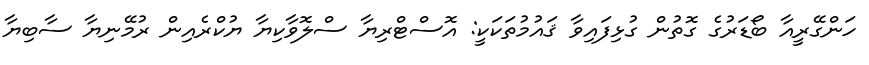
ހަންގޭރީއާ ބޯޑަރުގެ ގޮތުން ގުޅިފައިވާ ޤައުމުތަކަކީ: އޮސްޓްރިޔާ ސްލޮވާކިޔާ ޔުކްރެއިން ރުމޭނިޔާ ސާބިޔާ